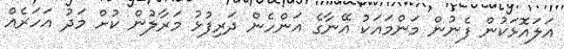
އަލައޮޅަކުން ފެނުން މަންމައަކު އޭނާގެ އަންހެން ދަރިފުޅު މަރާލުން ކުށް މަދު އަހަރެއް